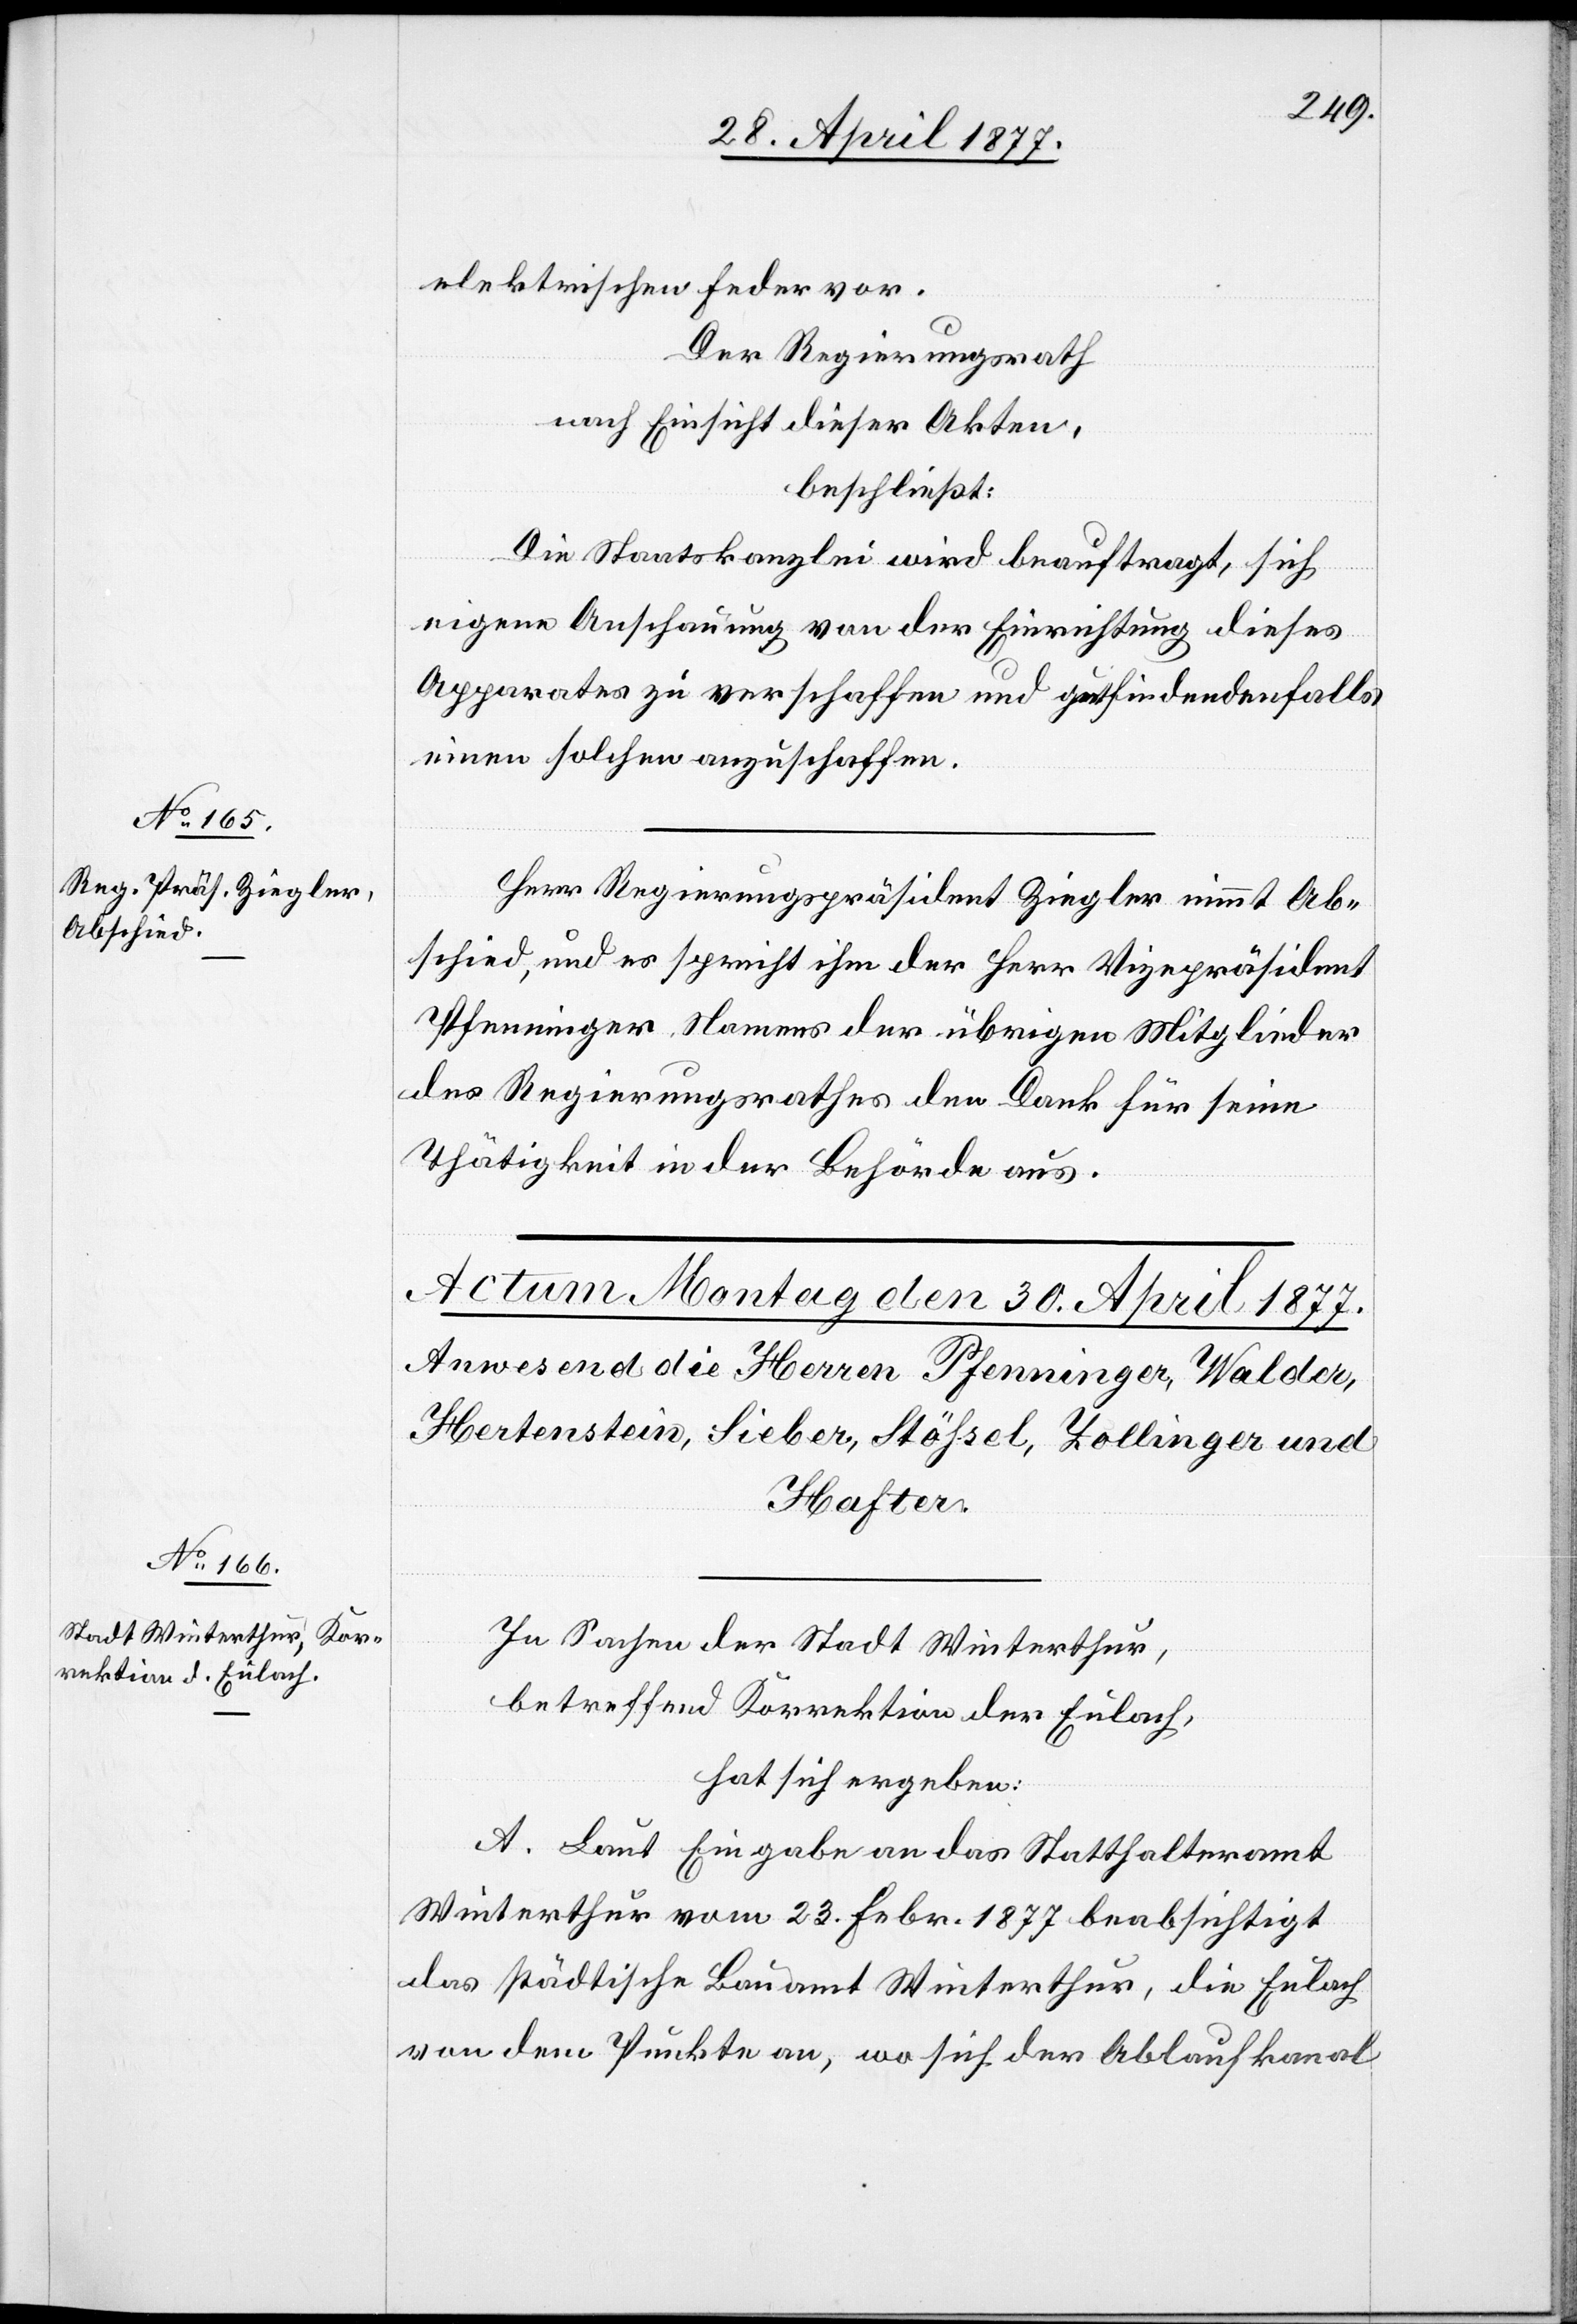
elektrischen Feder vor.
Der Regierungsrath,
nach Einsicht dieser Akten,
beschließt:
Die Staatskanzlei wird beauftragt, sich
eigene Anschauung von der Einrichtung dieses
Apparates zu verschaffen und gutfindendenfalls
einen solchen anzuschaffen.
Herr Regierungspräsident Ziegler nimmt Ab¬
schied, und es spricht ihm der Herr Vizepräsident
Pfenninger Namens der übrigen Mitglieder
des Regierungsrathes den Dank für seine
Thätigkeit in der Behörde aus.
In Sachen der Stadt Winterthur,
betreffend Korrektion der Eulach,
hat sich ergeben:
A. Laut Eingabe an das Statthalteramt
Winterthur vom 23. Febr. 1877 beabsichtigt
das städtische Bauamt Winterthur, die Eulach
von dem Punkte an, wo sich der Ablaufkanal